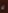
لا